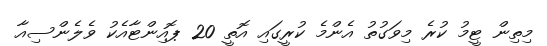
މިތިން ޓީމު ކުރެ މިވަގުތު އެންމެ ކުރީގައި އޮތީ 20 ޕޮއިންޓާއެކު ވެލެންސިއާ